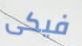
فيكى